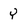
Character: Y